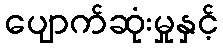
ပျောက်ဆုံးမှုနှင့်